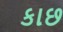
કાછ